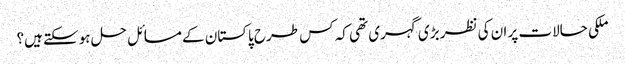
ملکی حالات پر ان کی نظر بڑی گہری تھی کہ کس طرح پاکستان کے مسائل حل ہوسکتے ہیں؟